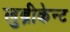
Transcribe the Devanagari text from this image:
लुब्रीकेन्ट